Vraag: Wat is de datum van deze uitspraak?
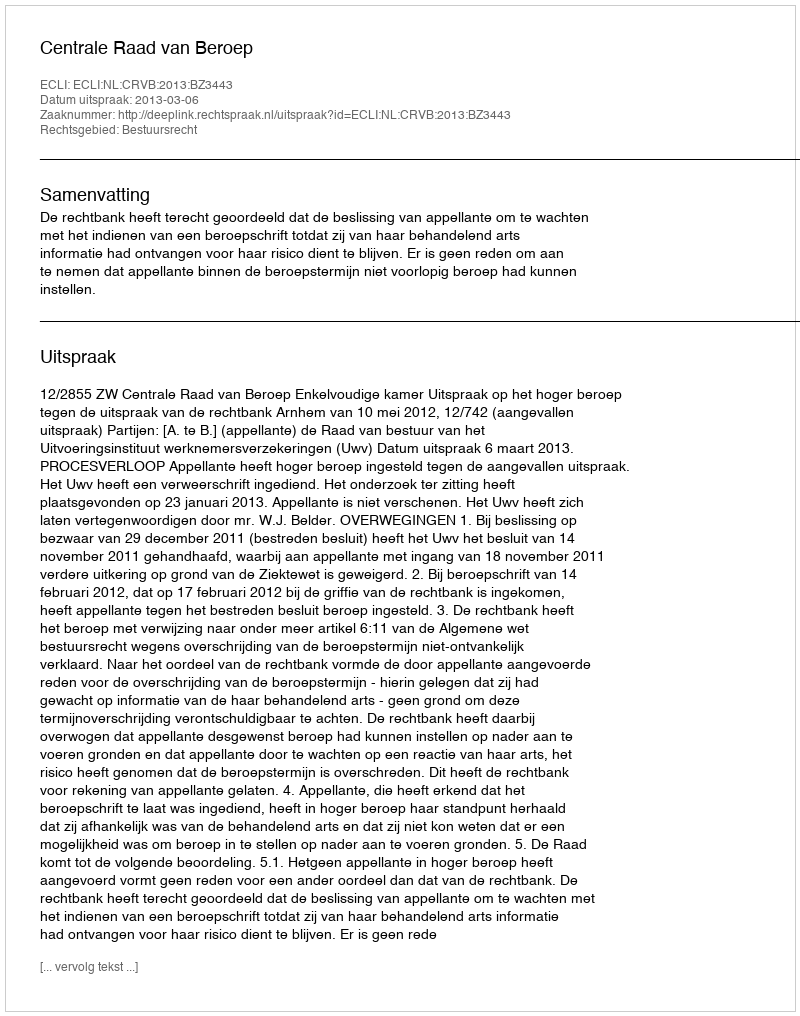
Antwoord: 2013-03-06